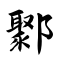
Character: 鄹